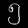
Digit: ၅